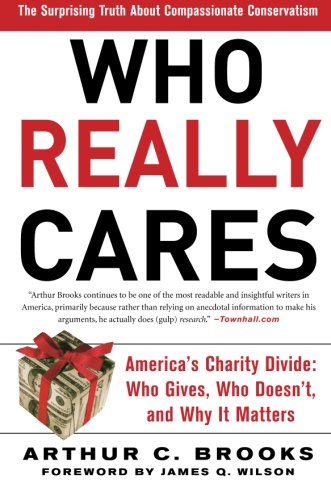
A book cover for Who Really Cares: The Surprising Truth About Compassionate Conservatism; Arthur C. Brooks; Business & Money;